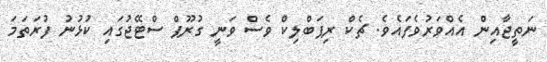
ނަތީޖާއިން އެއްވަރުވެފައެވެ. ޗެކް ރިޕަބްލިކް ވެސް ވަނީ ގުރޫޕް ސްޓޭޖުގައި ކުޅުނު ފުރަތަމަ